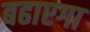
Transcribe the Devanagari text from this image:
बढाएगा